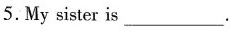
5.My sister is ___ .